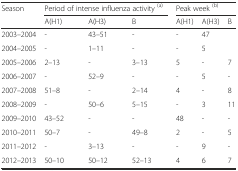
<table><thead><tr><td rowspan="2"><b>Season</b></td><td colspan="3"><b>Period of intense influenza activity <sup>(a)</sup></b></td><td colspan="3"><b>Peak week <sup>(b)</sup></b></td></tr><tr><td><b>A(H1)</b></td><td><b>A(H3)</b></td><td><b>B</b></td><td><b>A(H1)</b></td><td><b>A(H3)</b></td><td><b>B</b></td></tr></thead><tbody><tr><td>2003–2004</td><td>-</td><td>43–51</td><td>-</td><td>-</td><td>47</td><td></td></tr><tr><td>2004–2005</td><td>-</td><td>1–11</td><td>-</td><td>-</td><td>5</td><td></td></tr><tr><td>2005–2006</td><td>2–13</td><td>-</td><td>3–13</td><td>5</td><td>-</td><td>7</td></tr><tr><td>2006–2007</td><td>-</td><td>52–9</td><td>-</td><td>-</td><td>5</td><td>-</td></tr><tr><td>2007–2008</td><td>51–8</td><td>-</td><td>2–14</td><td>4</td><td>-</td><td>8</td></tr><tr><td>2008–2009</td><td>-</td><td>50–6</td><td>5–15</td><td>-</td><td>3</td><td>11</td></tr><tr><td>2009–2010</td><td>43–52</td><td>-</td><td>-</td><td>48</td><td>-</td><td>-</td></tr><tr><td>2010–2011</td><td>50–7</td><td>-</td><td>49–8</td><td>2</td><td>-</td><td>5</td></tr><tr><td>2011–2012</td><td>-</td><td>3–13</td><td>-</td><td>-</td><td>9</td><td>-</td></tr><tr><td>2012–2013</td><td>50–10</td><td>50–12</td><td>52–13</td><td>4</td><td>6</td><td>7</td></tr></tbody></table>